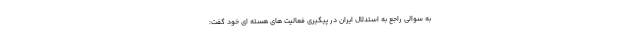
به سوالی راجع به استدلال ایران در پیگیری فعالیت های هسته ای خود گفت: